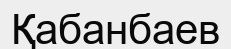
Қабанбаев